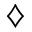
\diamondsuit